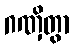
ဂဏှိတွာ